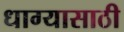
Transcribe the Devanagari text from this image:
धाग्यासाठी